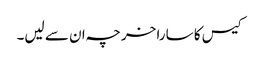
کیس کا سارا خرچہ ان سے لیں۔